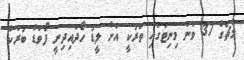
މެޗުގެ 37 ވަނަ މިނިޓުގައި ތުރުކީ އަށްް ލީޑު ހޯދައިދިނީ ފޯވަޑް ބުރަކް